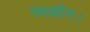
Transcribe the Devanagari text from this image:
नमकीन।